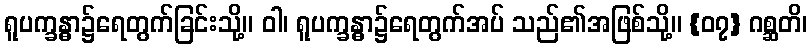
ရူပက္ခန္ဓာ၌ရေတွက်ခြင်းသို့။ ဝါ၊ ရူပက္ခန္ဓာ၌ရေတွက်အပ် သည်၏အဖြစ်သို့။ {၀၇} ဂစ္ဆတိ၊